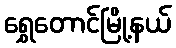
ရွှေတောင်မြို့နယ်